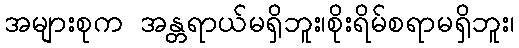
အများစုက အန္တရာယ်မရှိဘူး၊စိုးရိမ်စရာမရှိဘူး၊